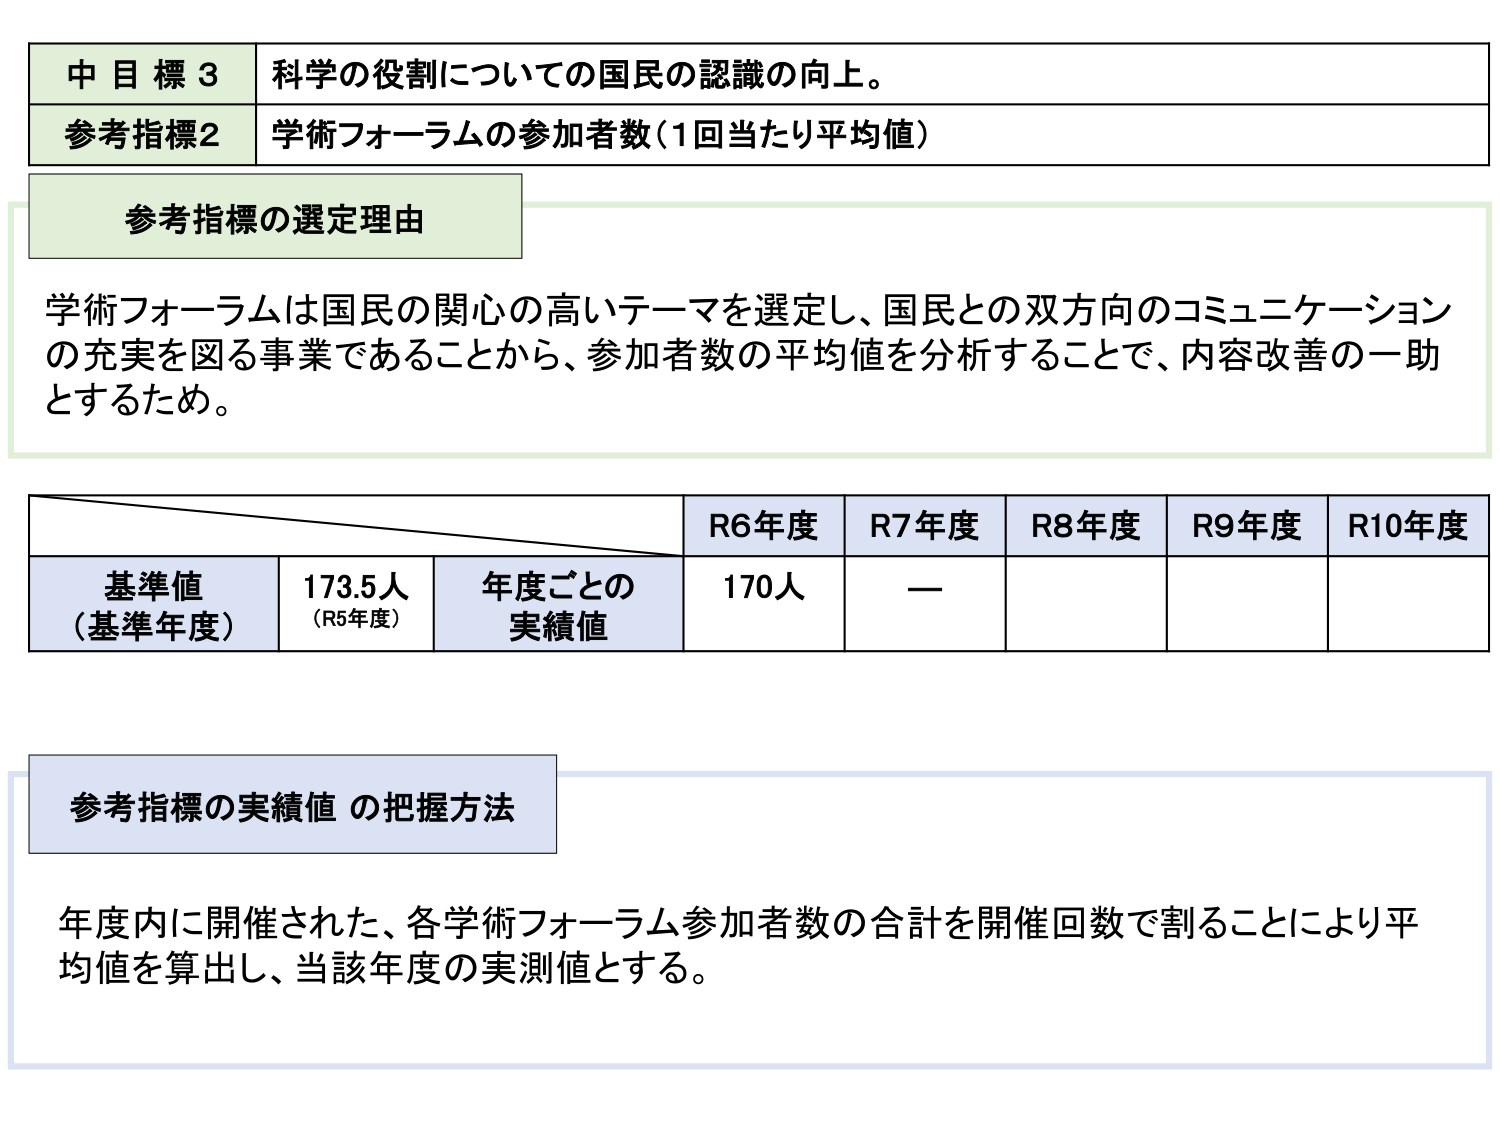
中目標3 科学の役割についての国民の認識の向上。
参考指標2 学術フォーラムの参加者数（1回当たり平均値）
参考指標の選定理由
学術フォーラムは国民の関心の高いテーマを選定し、国民との双方向のコミュニケーションの充実を図る事業であることから、参加者数の平均値を分析することで、内容改善の一助とするため。
R6年度 R7年度 R8年度 R9年度 R10年度
基準値（基準年度） 173.5人（R5年度） 年度ごとの実績値 170人 —
参考指標の実績値 の把握方法
年度内に開催された、各学術フォーラム参加者数の合計を開催回数で割ることにより平均値を算出し、当該年度の実測値とする。